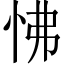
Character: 怫